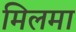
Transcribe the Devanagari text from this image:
मिलमा